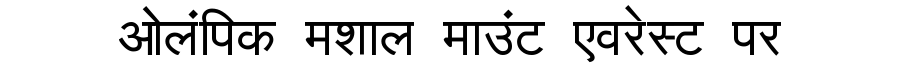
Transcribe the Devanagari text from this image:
ओलंपिक मशाल माउंट एवरेस्ट पर